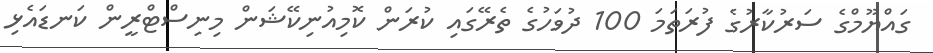
ގައްޔޫމްގެ ސަރުކާރުގެ ފުރަތަމަ 100 ދުވަހުގެ ތެރޭގައި ކުރަން ކޮމިއުނިކޭޝަން މިނިސްޓްރީން ކަނޑައެޅި